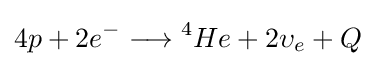
4p+2e^{-}\longrightarrow {^{4}}He+2\upsilon _{e}+Q